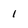
Character: 1